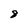
Character: 8